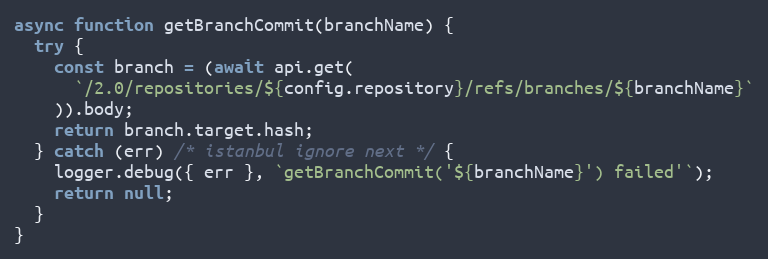
Language: JavaScript
async function getBranchCommit(branchName) {
  try {
    const branch = (await api.get(
      `/2.0/repositories/${config.repository}/refs/branches/${branchName}`
    )).body;
    return branch.target.hash;
  } catch (err) /* istanbul ignore next */ {
    logger.debug({ err }, `getBranchCommit('${branchName}') failed'`);
    return null;
  }
}